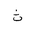
Letter: _tha